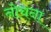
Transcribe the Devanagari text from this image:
नोचना